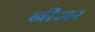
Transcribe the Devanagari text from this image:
नीजर